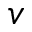
v